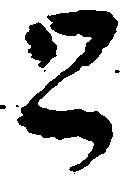
と